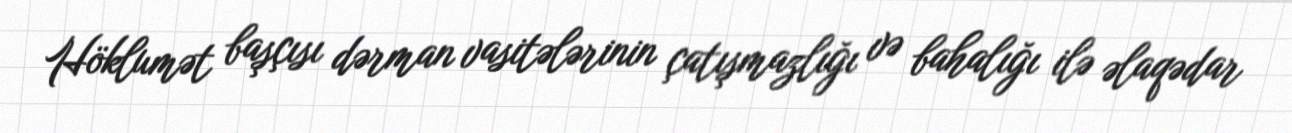
Höklumət başçısı dərman vasitələrinin çatışmazlığı və bahalığı ilə əlaqədar